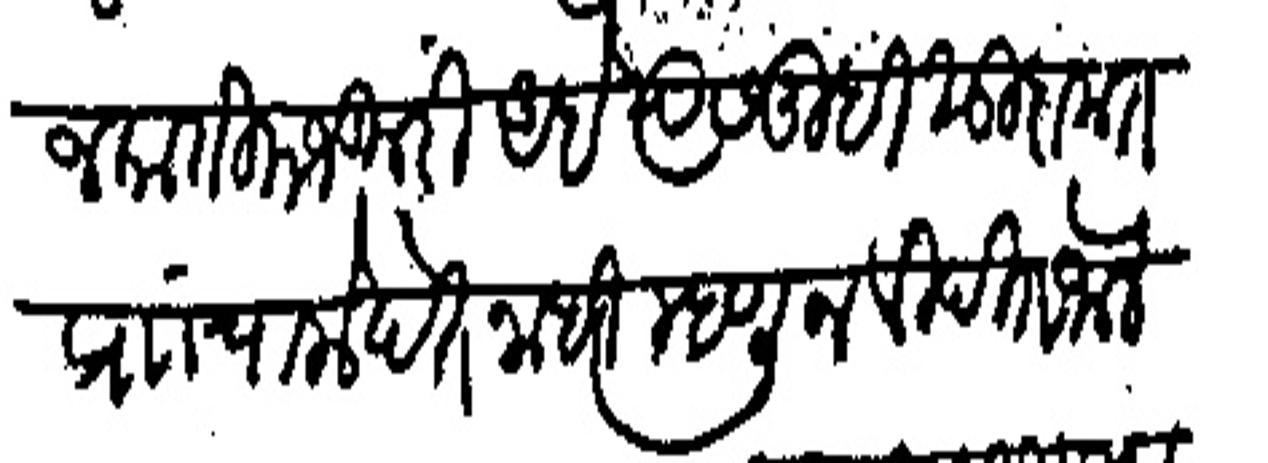
Transliteration (Devanagari): जकाती मजकुरी आहे त्यास तुम्ही सुदामत प्र चालो देत नाही म्हणोन विदीत जाले